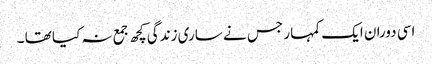
اسی دوران ایک کمہار جس نے ساری زندگی کچھ جمع نہ کیا تھا ۔